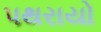
પથરાયો